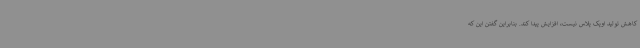
کاهش تولید اوپک پلاس نیست، افزایش پیدا کند. بنابراین گفتن این که